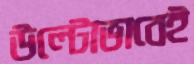
উল্টোভাবেই